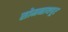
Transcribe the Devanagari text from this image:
सोमनाथपूर